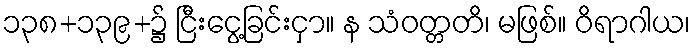
၁၃၈+၁၃၉+၌ ငြီးငွေ့ခြင်းငှာ။ န သံဝတ္တတိ၊ မဖြစ်။ ဝိရာဂါယ၊